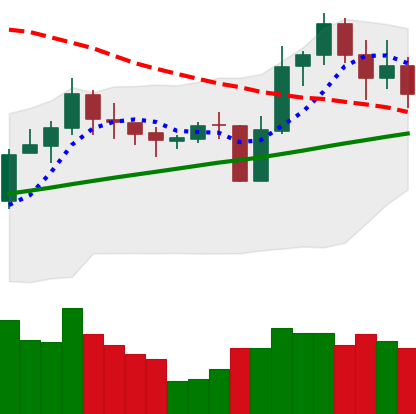
Ticker: LINK-USD
Chart end date: 2020-10-28
Forward return: -5.795%
Label: down_5_7